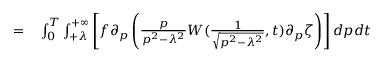
\begin{array} { r l } { = } & { { } \int _ { 0 } ^ { T } \int _ { + \lambda } ^ { + \infty } \left[ f \partial _ { p } \left( \frac { p } { p ^ { 2 } - \lambda ^ { 2 } } W ( \frac { 1 } { \sqrt { p ^ { 2 } - \lambda ^ { 2 } } } , t ) \partial _ { p } \zeta \right) \right] d p d t } \end{array}